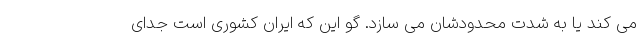
می کند یا به شدت محدودشان می سازد. گو این که ایران کشوری است جدای